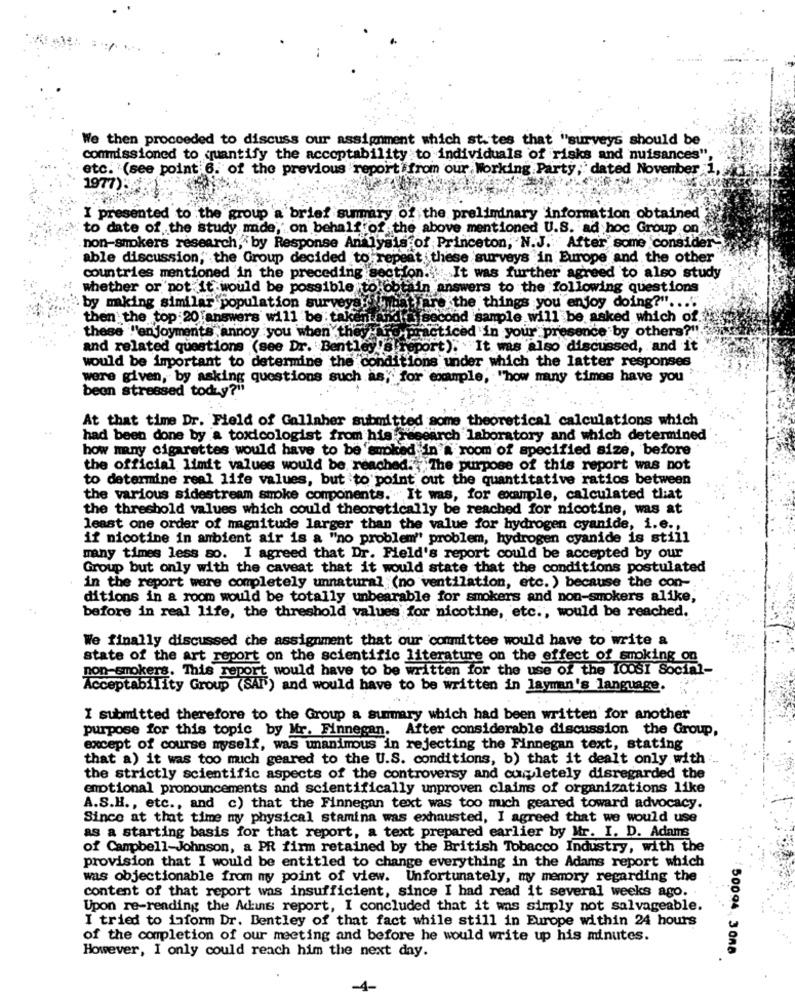
We then proceeded to discuss our assignment which st. tes that "surveys should be
commissioned to quantify the acceptability to individuals of risks and nuisances"
etc. (see point 6. of the previous report from our Working Party, dated November 1,
1977)3
I presented to the group a brief summary of the preliminary information obtained
to date of the study minde, on behalf of the above mentioned U.S. ad hoc Group on
non-smokers research, by Response Analysis of Princeton, N.J. After some consider
able discussion," the Group decided to repeat these surveys in Europe and the other
countries mentioned in the preceding section. It was further agreed to also study
whether or not it would be possible to obtain answers to the following questions
`by making similar population surveye in
atiare the things you enjoy doing?" .... "
then the top 20[answers will be taken andin second sample will be asked which of.
these "'enjoyments annoy you when they
Te practiced in your presence by others?".
and related questions (see Dr. Bentley 's report). It was also discussed, and it
would be important to determine the conditions under which the latter responses
were given, by asking questions such as, for example, "how many times have you'
beon stressed today?"
At that time Dr. Field of Gallaher submitted some theoretical calculations which
had been done by a toxicologist from his research laboratory and which determined
how many cigarettes would have to be 'smoked in a room of specified size, before
the official limit values would be reached. The purpose of this report was not
to determine real life values, but to point out the quantitative ratios between
the various sidestream smoke components. It was, for example, calculated that
the threshold values which could theoretically be reached for nicotine, was at
least one order of magnitude larger than the value for hydrogen cyanide, i.e .,
if nicotine in ambient air is a "no problem" problem, hydrogen cyanide is still
many times less so. I agreed that Dr. Field's report could be accepted by our
Group but only with the caveat that it would state that the conditions postulated
in the report were completely unnatural (no ventilation, etc. ) because the con-
ditions in a room would be totally unbearable for smokers and non-smokers alike,
before in real life, the threshold values for nicotine, etc ., would be reached.
We finally discussed che assignment that our committee would have to write a
state of the art report on the scientific literature on the effect of smoking on
non-smokers. This report would have to be written for the use of the IO0SI Social-
Acceptability Group (SAI") and would have to be written in layman's language.
I submitted therefore to the Group a summary which had been written for another
purpose for this topic by Mr. Finnegan. After considerable discussion the Group,
except of course myself, was unanimous in rejecting the Finnegan text, stating
that a) it was too much geared to the U.S. conditions, b) that it dealt only with
the strictly scientific aspects of the controversy and completely disregarded the
emotional pronouncements and scientifically unproven claims of organizations like
A.S.H ., etc ., and c) that the Finnegan text was too much geared toward advocacy.
Since at that time my physical stamina was exhausted, I agreed that we would use
as a starting basis for that report, a text prepared earlier by Mr. I. D. Adams
of Campbell-Johnson, a PR firm retained by the British Tobacco Industry, with the
provision that I would be entitled to change everything in the Adams report which
was objectionable from my point of view. Unfortunately, my memory regarding the
content of that report was insufficient, since I had read it several weeks ago.
Upon re-reading the Adans report, I concluded that it was simply not salvageable.
I tried to inform Dr. Bentley of that fact while still in Europe within 24 hours
of the completion of our meeting and before he would write up his minutes.
:50094. 3088
However, I only could reach him the next day.